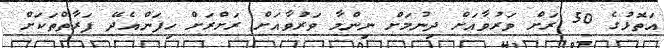
އަތޮޅުގެ 50 ރަށް ވަރުވާއަށް ދިނުމަށް ނިންމާ ވަރުވާއަށް ރަށްރަށް ހިފަންއެދޭ ފަރާތްތަކަށް